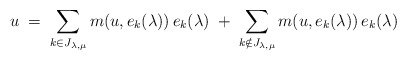
\begin{align*}u\; =\; \sum_{k\in J_{\lambda, \mu}} m(u, e_k(\lambda))\, e_k(\lambda) \; + \; \sum_{k\notin J_{\lambda, \mu}} m(u, e_k(\lambda))\, e_k(\lambda)\end{align*}